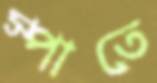
স্পাতে